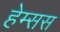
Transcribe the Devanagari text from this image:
हेम्सस